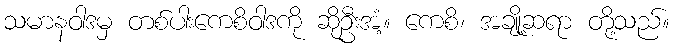
သမာနဝါဒမှ တစ်ပါးကေစိဝါဒကို ဆိုဦးအံ့။ ကေစိ၊ အချို့ဆရာ တို့သည်။